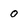
Character: O